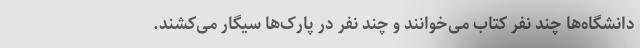
دانشگاه‌ها چند نفر کتاب می‌خوانند و چند نفر در پارک‌ها سیگار می‌کشند.